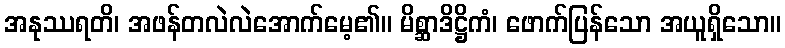
အနုဿရတိ၊ အဖန်တလဲလဲအောက်မေ့၏။ မိစ္ဆာဒိဋ္ဌိကံ၊ ဖောက်ပြန်သော အယူရှိသော။